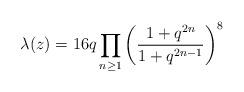
LaTeX: \begin{align*}\lambda(z) = 16q\prod_{n \geq 1} \left(\frac{1+q^{2n}}{1+q^{2n-1}} \right)^8\end{align*}